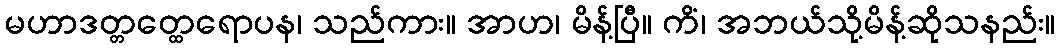
မဟာဒတ္တတ္ထေရောပန၊ သည်ကား။ အာဟ၊ မိန့်ပြီ။ ကိံ၊ အဘယ်သို့မိန့်ဆိုသနည်း။